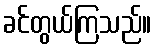
ခင်တွယ်ကြသည်။